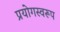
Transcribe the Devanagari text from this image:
प्रयोगस्वरूप